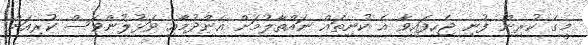
މީގެ ކުރިން ފުނި ޖެހިފައިވާ އެ ކުނިތައް ނައްތާލުމަށް އެންދުމާއި ވަޅުލުންވެސް ކުރިއަށް